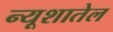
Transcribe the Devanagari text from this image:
न्यूशातेल